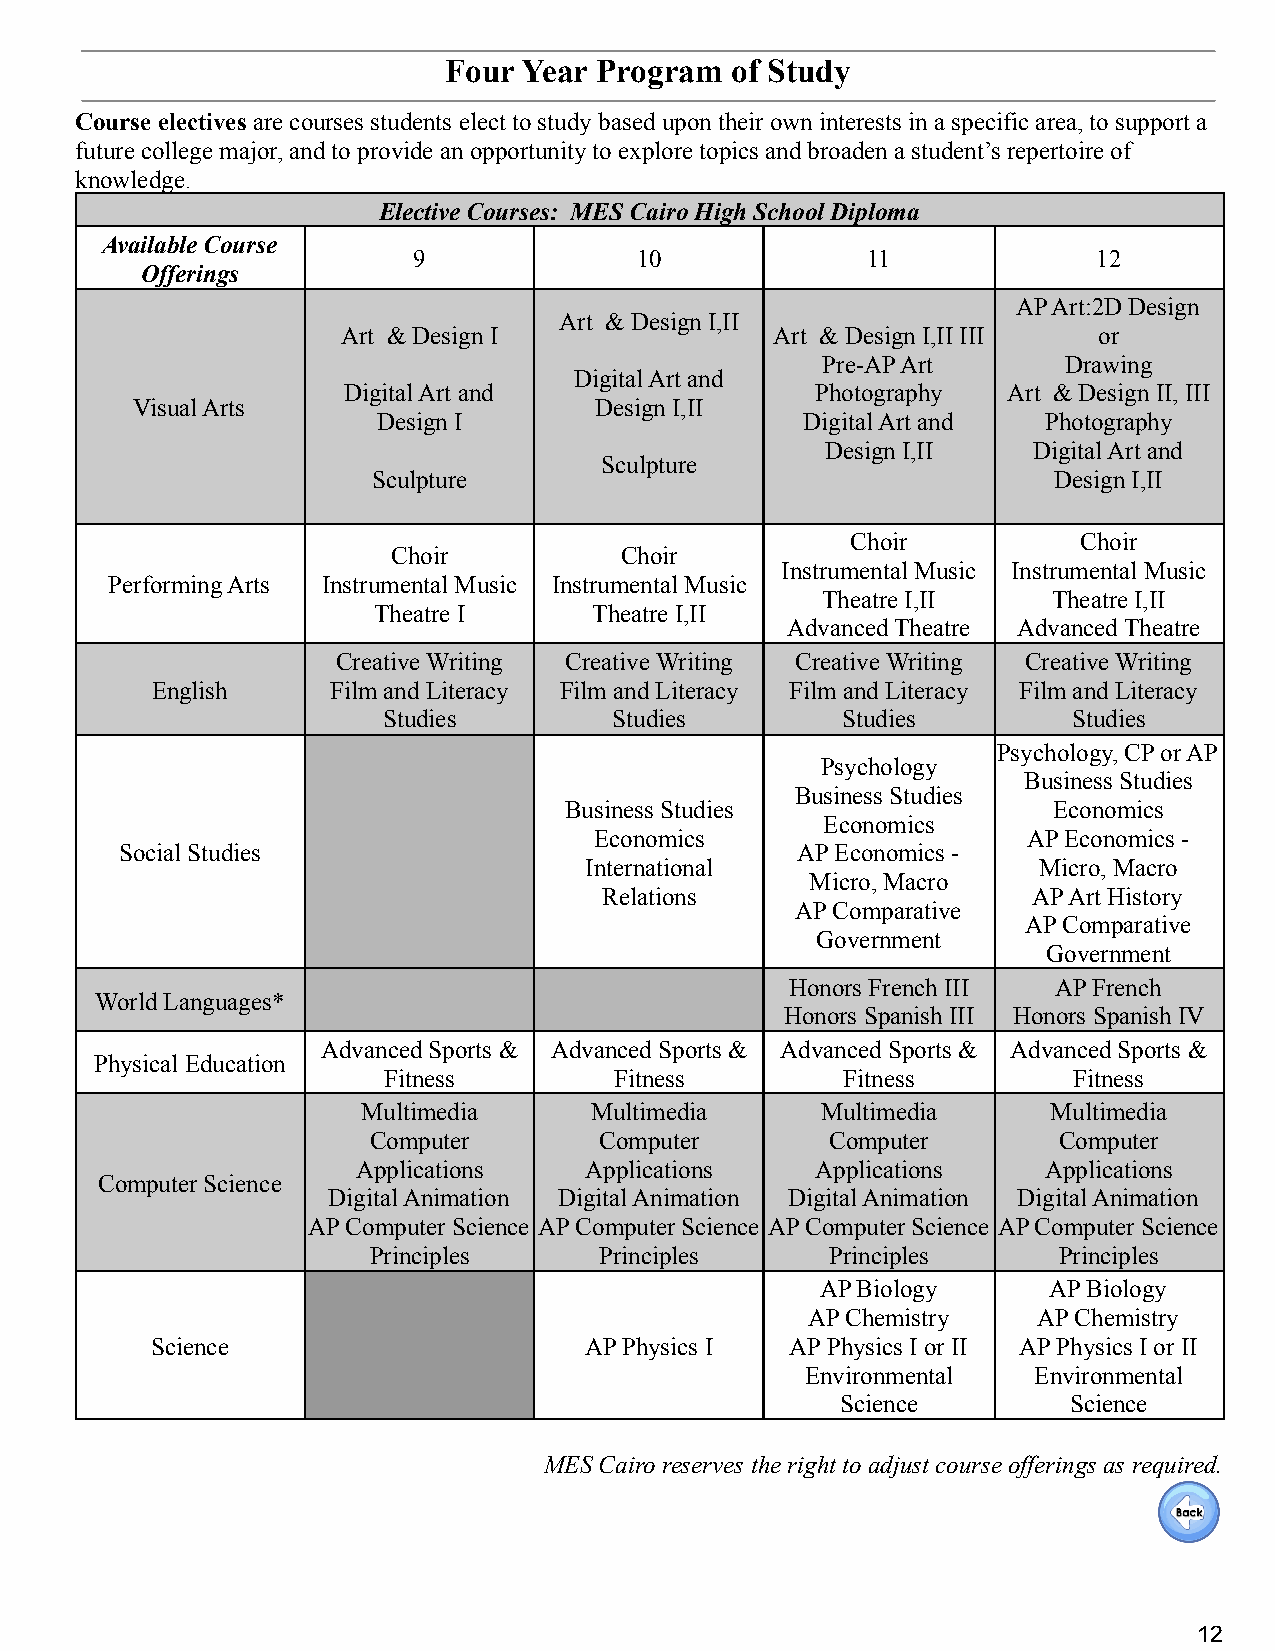
Four  Year Program of Study
 Course electivesare courses students elect to studybased upon their own interests in a specific area, to support a
 future college major, and to provide an opportunity to explore topics and broaden a student’s repertoire of
 knowledge.
 Elective Courses: MES Cairo High School Diploma
 Available Course
 9              10             11              12
 Offerings
 AP Art:2D Design
 Art & Design I,II
 Art & Design I              Art & Design I,II III or
 Pre-AP Art       Drawing
 Digital Art and
 Digital Art and                Photography  Art & Design II, III
 Visual Arts                   Design I,II
 Design I                    Digital Art and Photography
 Design I,II  Digital Art and
 Sculpture
 Sculpture                                    Design I,II
 Choir           Choir
 Choir          Choir
 Instrumental Music Instrumental Music
 Performing Arts Instrumental Music Instrumental Music
 Theatre I,II    Theatre I,II
 Theatre I     Theatre I,II
 Advanced Theatre Advanced Theatre
 Creative Writing Creative Writing Creative Writing Creative Writing
 English     Film and Literacy Film and Literacy Film and Literacy Film and Literacy
 Studies         Studies        Studies        Studies
 Psychology, CP or AP
 Psychology
 Business Studies
 Business Studies
 Business Studies                 Economics
 Economics
 Economics                    AP Economics -
 Social Studies                               AP Economics -
 International                 Micro, Macro
 Micro, Macro
 Relations                   AP Art History
 AP Comparative
 AP Comparative
 Government
 Government
 Honors French III AP French
 World Languages*
 Honors Spanish III Honors Spanish IV
 Advanced Sports & Advanced Sports & Advanced Sports & Advanced Sports &
 Physical Education
 Fitness         Fitness        Fitness        Fitness
 Multimedia     Multimedia     Multimedia      Multimedia
 Computer        Computer       Computer       Computer
 Applications   Applications   Applications   Applications
 Computer Science
 Digital Animation Digital Animation Digital Animation Digital Animation
 AP Computer Science AP Computer Science AP Computer Science AP Computer Science
 Principles      Principles     Principles     Principles
 AP Biology     AP Biology
 AP Chemistry    AP Chemistry
 Science                      AP Physics I AP Physics I or II AP Physics I or II
 Environmental  Environmental
 Science        Science
 MES Cairo reserves the right to adjust course offerings as required.
 12